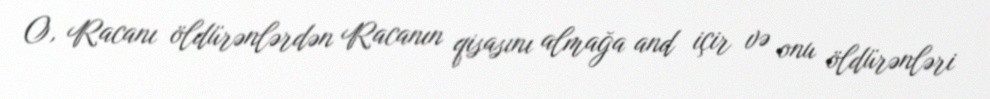
O, Racanı öldürənlərdən Racanın qisasını almağa and içir və onu öldürənləri